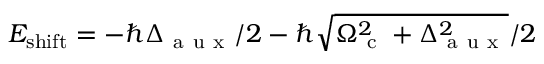
E _ { \mathrm { s h i f t } } = - \hbar \Delta _ { \mathrm { ~ a ~ u ~ x ~ } } / 2 - \hbar \sqrt { \Omega _ { \mathrm { ~ c ~ } } ^ { 2 } + \Delta _ { \mathrm { ~ a ~ u ~ x ~ } } ^ { 2 } } / 2